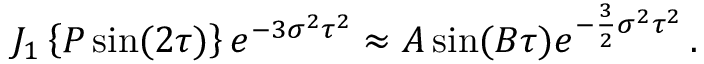
\begin{array} { r } { J _ { 1 } \left\{ P \sin ( 2 \tau ) \right\} e ^ { - 3 \sigma ^ { 2 } \tau ^ { 2 } } \approx A \sin ( B \tau ) e ^ { - \frac { 3 } { 2 } \sigma ^ { 2 } \tau ^ { 2 } } \, . } \end{array}